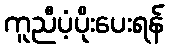
ကူညီပံ့ပိုးပေးရန်